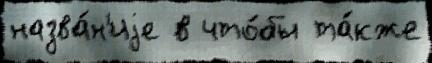
назва́н'иjе в что́бы та́кже